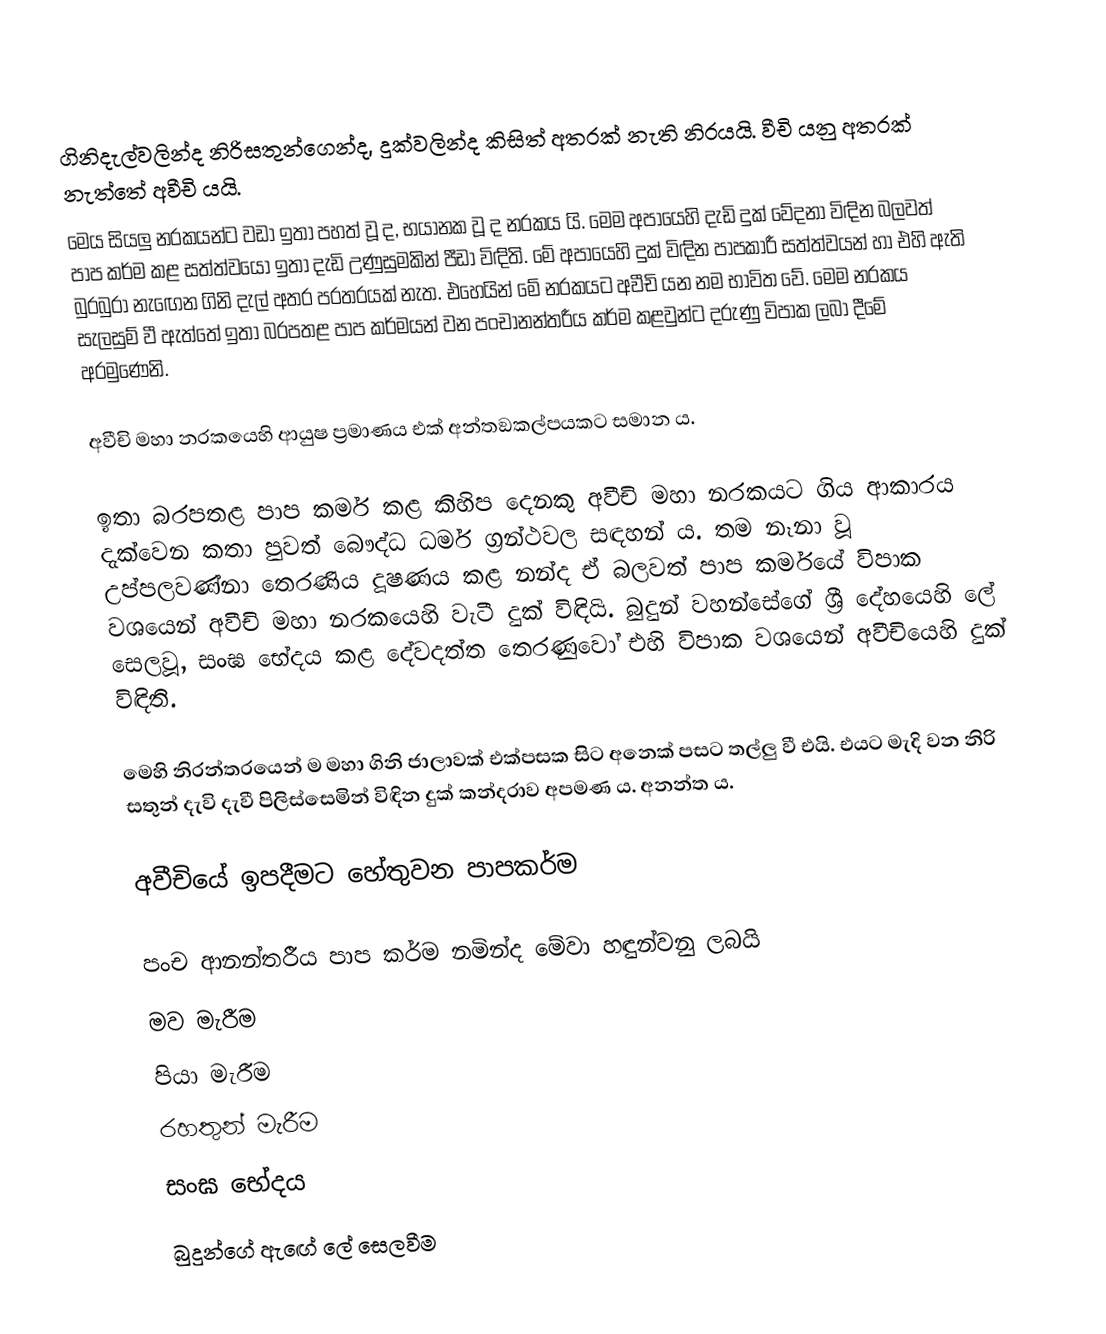
ගිනිදැල්වලින්ද නිරිසතුන්ගෙන්ද, දුක්‌වලින්ද කිසිත් අතරක්‌ නැති නිරයයි. වීචි යනු අතරක්‌ නැත්තේ අවීචි යයි.
මෙය සියලු නරකයන්ට වඩා ඉතා පහත් වූ ද, භයානක වූ ද නරකය යි. මෙම අපායෙහි දැඩි දුක් වේදනා විඳින බලවත් පාප කර්ම කළ සත්ත්වයෝ ඉතා දැඩි උණුසුමකින් පීඩා විඳිති. මේ අපායෙහි දුක් විඳින පාපකාරී සත්ත්වයන් හා එහි ඇති බුරබුරා නැඟෙන ගිනි දැල් අතර පරතරයක් නැත. එහෙයින් මේ නරකයට අවීචි යන නම භාවිත වේ. මෙම නරකය සැලසුම් වී ඇත්තේ ඉතා බරපතළ පාප කර්මයන් වන පංචානන්තරීය කර්ම කළවුන්ට දරුණු විපාක ලබා දීමේ අරමුණෙනි.

අවීචි මහා නරකයෙහි ආයුෂ ප්‍රමාණය එක් අන්තඞකල්පයකට සමාන ය.

ඉතා බරපතළ පාප කර්ම කළ කිහිප දෙනකු අවීචි මහා නරකයට ගිය ආකාරය දැක්වෙන කතා පුවත් බෞද්ධ ධර්ම ග්‍රන්ථවල සඳහන් ය. තම නෑනා වූ උප්පලවණ්නා තෙරණිය දූෂණය කළ නන්ද ඒ බලවත් පාප කර්මයේ විපාක වශයෙන් අවීචි මහා නරකයෙහි වැටී දුක් විඳියි. බුදුන් වහන්සේගේ ශ්‍රී දේහයෙහි ලේ සෙලවූ, සංඝ භේදය කළ දේවදත්ත තෙරණුවෝ එහි විපාක වශයෙන් අවීචියෙහි දුක් විඳිති.

මෙහි නිරන්තරයෙන් ම මහා ගිනි ජාලාවක් එක්පසක සිට අනෙක් පසට තල්ලු වී එයි. එයට මැදි වන නිරි සතුන් දැවි දැවී පිලිස්සෙමින් විඳින දුක් කන්දරාව අපමණ ය. අනන්ත ය.

අවීචියේ ඉපදීමට හේතුවන පාපකර්ම

   පංච ආනන්තරීය පාප කර්ම නමින්ද මේවා හඳුන්වනු ලබයි
 මව මැරීම
 පියා මැරීම
 රහතුන් මැරීම
 සංඝ භේදය
 බුදුන්ගේ ඇඟේ ලේ සෙලවීම